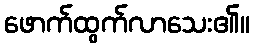
ဖောက်ထွက်လာသေး၏။